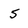
Character: 5